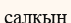
салқын